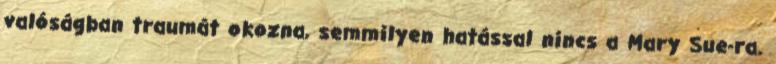
valóságban traumát okozna, semmilyen hatással nincs a Mary Sue-ra.